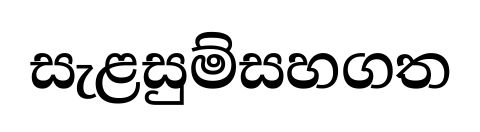
සැළසුම්සහගත